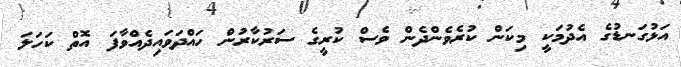
އަޅުގަނޑުގެ އެދުމަކީ މިކަން ކުރެވެންދެން ވެސް ކުރީގެ ސަރުކާރުން ހައްދަވައިދެއްވާފަ އޮތް ކަހަލަ